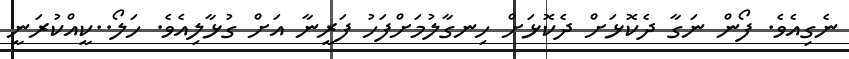
ނެގިއެވެ. ފޯން ނަގާ ދެކޮޅަށް ދެކޮޅަށް ހިނގާލުމަށްފަހު ފަރީނާ އަށް ގުޅާލިއެވެ. ހަލޯ..ކީއްކުރަނީ